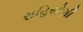
સહિયોગી